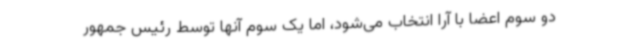
دو سوم اعضا با آرا انتخاب می‌شود، اما یک سوم آنها توسط رئیس جمهور